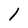
Character: 1